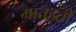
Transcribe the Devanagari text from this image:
मातहतों